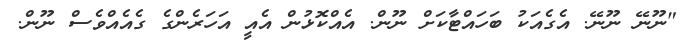
"ނޫނޭ ނޫނޭ. އެގެއަކު ބަހައްޓާކަށް ނޫން. އެއްކޮޅުން އެއީ އަހަރެންގެ ގެއެއްވެސް ނޫން.